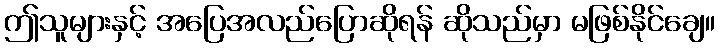
ဤသူများနှင့် အပြေအလည်ပြောဆိုရန် ဆိုသည်မှာ မဖြစ်နိုင်ချေ။